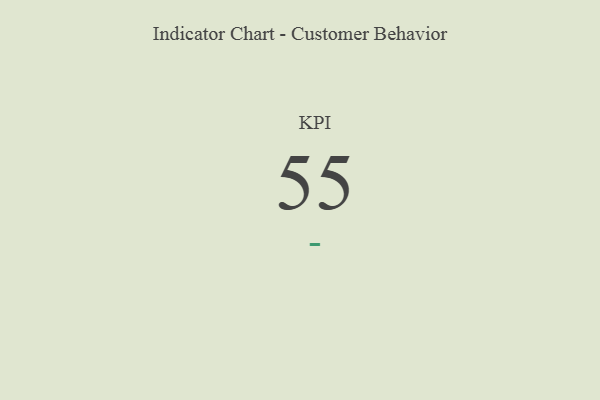
{"axis": {"x": "KPI", "y": "Value"}, "legend": [""], "data": [{"x": "KPI", "y": 55, "type": ""}]}